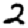
Digit: 2